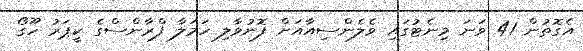
އެގޮތުން 41 ވަނަ މިނެޓުގައި ވެލެންސިއާއަށް ފޮނުވާލި ހަމަލާ ފްރާންސްގެ ކީޕަރު ހޫގޯ